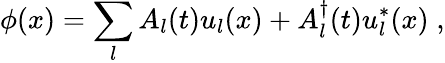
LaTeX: \phi(x)=\sum_{l}A_{l}(t)u_{l}(x)+A_{l}^{\dagger}(t)u_{l}^{*}(x)\; ,